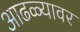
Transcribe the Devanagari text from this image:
आढळ्यावर